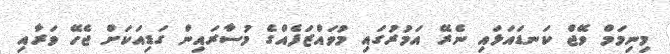
މިނިމަމް ވޭޖް ކަނޑައަޅައި ނެރޭ އަމުރުގައި މުވައްޒަފެއްގެ މުސާރައިން ގަޑިއަކަށް ޖެހޭ ވަރާއި